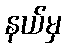
နယ်မှ